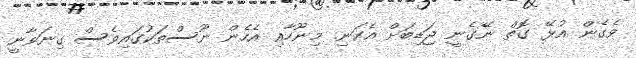
ވެގެން އުޅޭ ގޮތް ނޭގެނީ ޖަޑިބަށް އެކަނި. މިނޫހާއި އެހެން ނޫސްތަކުގައިވެސް ގިނަވާނީ